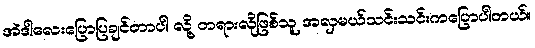
အဲဒါလေးပြောပြချင်တာပါ လို့ တရားလိုဖြစ်သူ အလှမယ်သင်းသင်းကပြောပါတယ်။